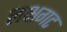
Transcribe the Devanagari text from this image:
लक्षगट